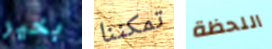
بخير تمكننا اللحظة